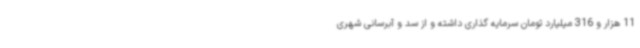
11 هزار و 316 میلیارد تومان سرمایه گذاری داشته و از سد و آبرسانی شهری